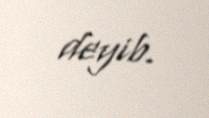
deyib.